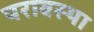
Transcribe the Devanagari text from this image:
परावस्था